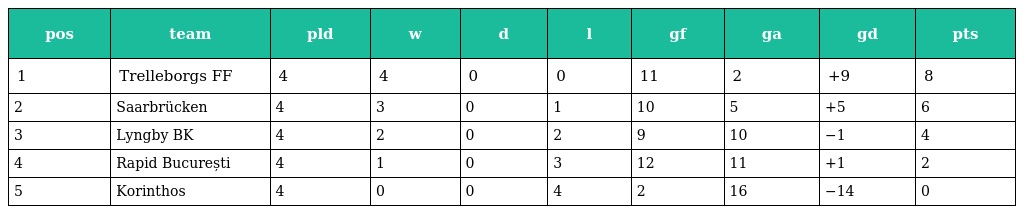
| pos | team | pld | w | d | l | gf | ga | gd | pts |
 | --- | --- | --- | --- | --- | --- | --- | --- | --- | --- |
 | 1 | Trelleborgs FF | 4 | 4 | 0 | 0 | 11 | 2 | +9 | 8 |
 | 2 | Saarbrücken | 4 | 3 | 0 | 1 | 10 | 5 | +5 | 6 |
 | 3 | Lyngby BK | 4 | 2 | 0 | 2 | 9 | 10 | −1 | 4 |
 | 4 | Rapid București | 4 | 1 | 0 | 3 | 12 | 11 | +1 | 2 |
 | 5 | Korinthos | 4 | 0 | 0 | 4 | 2 | 16 | −14 | 0 |